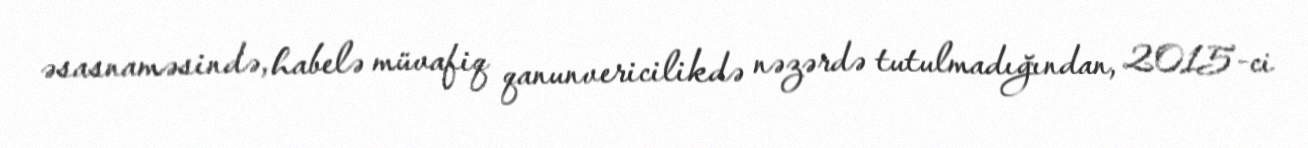
əsasnaməsində, habelə müvafiq qanunvericilikdə nəzərdə tutulmadığından, 2015-ci